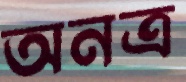
অনত্র